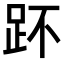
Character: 𧿤